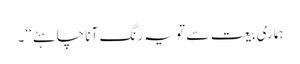
ہماری بیعت سے تو یہ رنگ آنا چاہئے‘‘۔